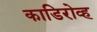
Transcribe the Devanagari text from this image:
काडिरोव्ह